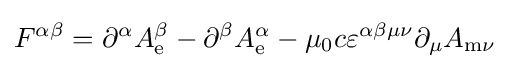
F^{\alpha \beta }=\partial ^{\alpha }A_{\mathrm {e} }^{\beta }-\partial ^{\beta }A_{\mathrm {e} }^{\alpha }-\mu _{0}c\varepsilon ^{\alpha \beta \mu \nu }\partial _{\mu }A_{{\mathrm {m} }\nu }